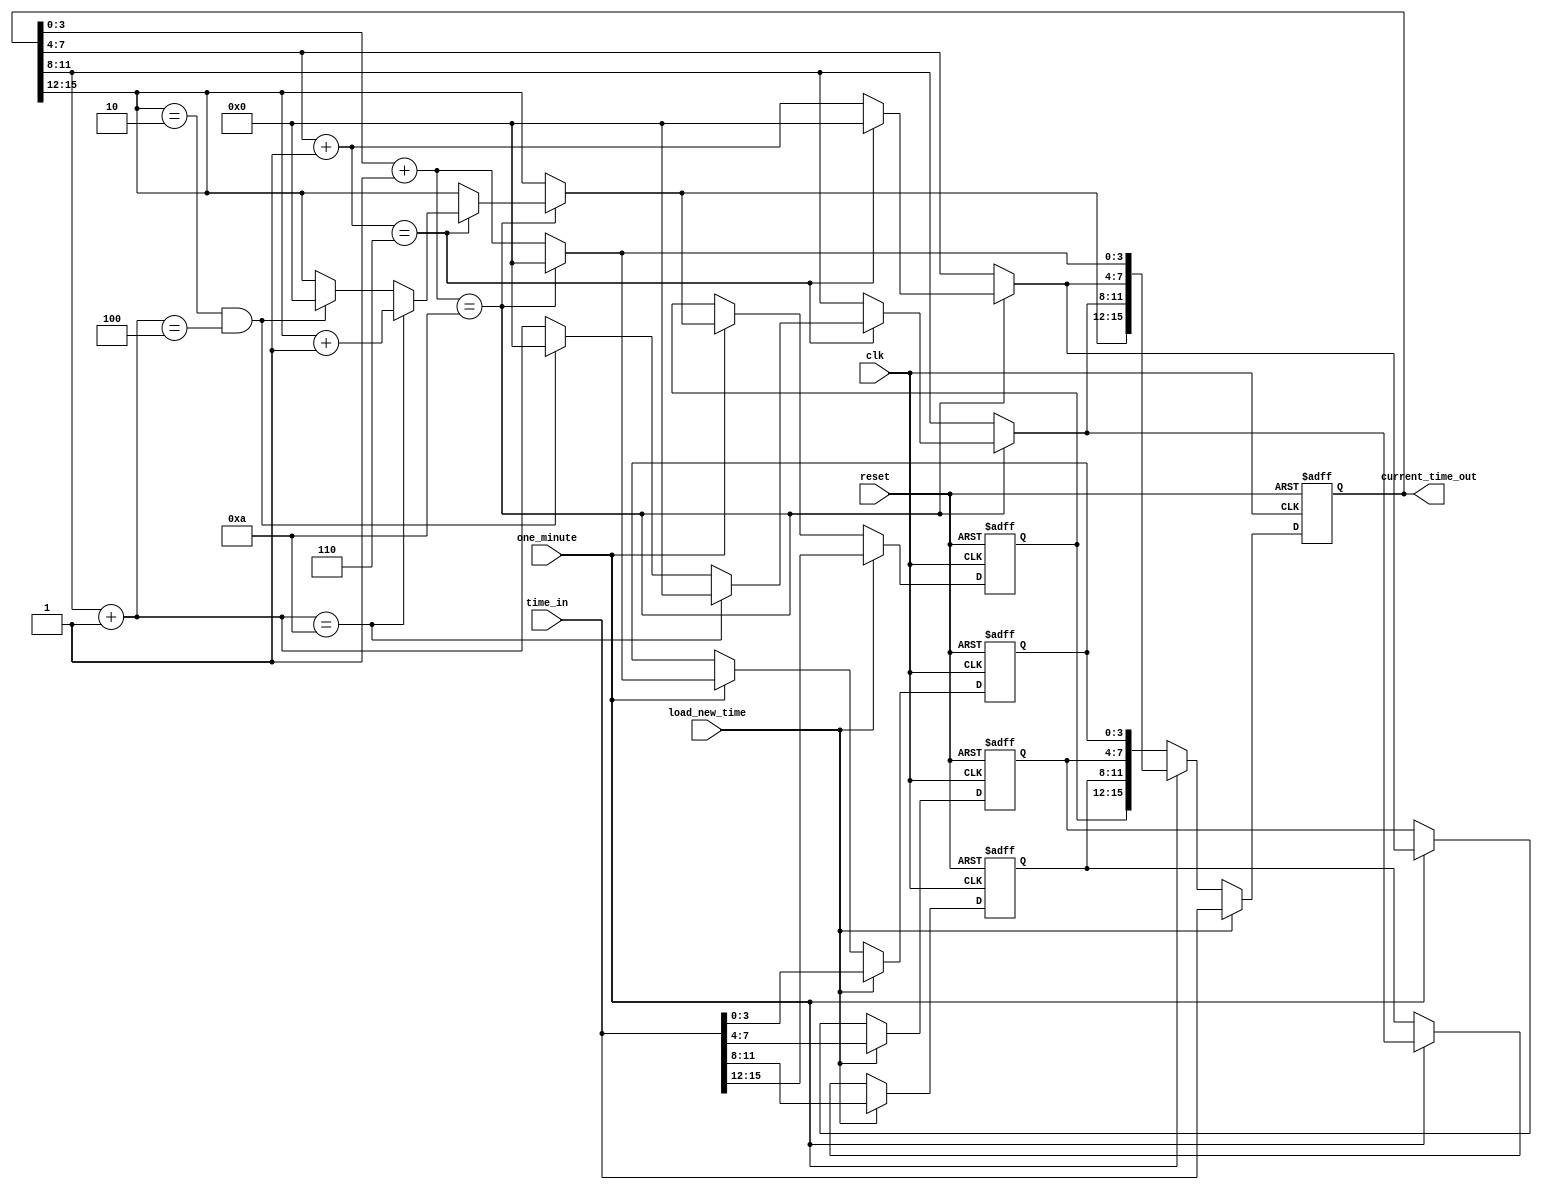
`timescale 1 ns / 10 ps

module al_clk_counter
    ( input clk,
      input reset,
      input one_minute,
      input [15:0] time_in,  /* time in BCD format */
      input load_new_time,

      output [15:0] current_time_out );

    reg [3:0] bcd_ms_hour_out;
    reg [3:0] bcd_ls_hour_out;
    reg [3:0] bcd_ms_min_out;
    reg [3:0] bcd_ls_min_out;

    task bcd_clock_minute; 
          input one_minute;
          input [3:0] ms_hour;
          input [3:0] ls_hour; 
          input [3:0] ms_min;
          input [3:0] ls_min;
          
          output reg [3:0] out_ms_hour;
          output reg [3:0] out_ls_hour; 
          output reg [3:0] out_ms_min;
          output reg [3:0] out_ls_min ;

          reg [3:0] int_ms_hour;
          reg [3:0] int_ls_hour; 
          reg [3:0] int_ms_min;
          reg [3:0] int_ls_min ;
    begin
            int_ms_hour = ms_hour;
            int_ls_hour = ls_hour;
            int_ms_min = ms_min;
            int_ls_min = ls_min;

            if( one_minute ) 
            begin
                int_ls_min = int_ls_min+1;
                if( int_ls_min == 10 )
                begin
                    // ls_minutes overflows to ms_minutes 
                    int_ls_min = 0;
                    int_ms_min = int_ms_min+1;
                    if( int_ms_min == 6 )
                    begin
                        // minutes rolls over into hours
                        int_ms_min = 0;
                        int_ls_hour = int_ls_hour+1;
                        if( int_ls_hour==10 )
                        begin
                            // ls_hours overflows to ms_hours
                            int_ls_hour=0;
                            int_ms_hour = int_ms_hour + 1;
                        end
                        else if ( int_ms_hour==2 && int_ls_hour==4 ) 
                        begin
                            // rollover midnight to next day (00:00)
                            int_ls_hour = 0;
                            int_ms_hour = 0;
                        end
                    end
                end
            end

            out_ms_hour = int_ms_hour;
            out_ls_hour = int_ls_hour;
            out_ms_min = int_ms_min;
            out_ls_min = int_ls_min;
    end
    endtask

    reg [15:0] int_current_time;

    assign current_time_out = int_current_time;

//    assign current_time_out = { bcd_ms_hour_out, bcd_ls_hour_out, 
//                                  bcd_ms_min_out, bcd_ls_min_out };

    always @(posedge(reset),posedge(clk))
    begin
        if( reset ) 
        begin
            bcd_clock_minute( 1'd0, 4'd1, 4'd2, 4'd0, 4'd0,
                              bcd_ms_hour_out,
                              bcd_ls_hour_out,
                              bcd_ms_min_out,
                              bcd_ls_min_out );
            int_current_time = { bcd_ms_hour_out, bcd_ls_hour_out, 
                                  bcd_ms_min_out, bcd_ls_min_out };
        end
        else if( load_new_time ) 
        begin
            bcd_clock_minute( 0, time_in[15:12],
                              time_in[11:8],
                              time_in[7:4],
                              time_in[3:0],

                              bcd_ms_hour_out,
                              bcd_ls_hour_out,
                              bcd_ms_min_out,
                              bcd_ls_min_out );
            int_current_time = { bcd_ms_hour_out, bcd_ls_hour_out, 
                                  bcd_ms_min_out, bcd_ls_min_out };
        end
        else if( one_minute ) 
        begin
            bcd_clock_minute( 1, int_current_time[15:12],
                              int_current_time[11:8],
                              int_current_time[7:4],
                              int_current_time[3:0],

                              bcd_ms_hour_out,
                              bcd_ls_hour_out,
                              bcd_ms_min_out,
                              bcd_ls_min_out );
            int_current_time = { bcd_ms_hour_out, bcd_ls_hour_out, 
                                  bcd_ms_min_out, bcd_ls_min_out };
        end
        else 
        begin
            int_current_time = { bcd_ms_hour_out, bcd_ls_hour_out, 
                                  bcd_ms_min_out, bcd_ls_min_out };
//            bcd_clock_minute( 0, time_in[15:12],
//                              time_in[11:8],
//                              time_in[7:4],
//                              time_in[3:0],
//
//                              bcd_ms_hour_out,
//                              bcd_ls_hour_out,
//                              bcd_ms_min_out,
//                              bcd_ls_min_out );
//            int_current_time <= 16'hffff;
//            int_current_time <= { bcd_ms_hour_out, bcd_ls_hour_out, 
//                                  bcd_ms_min_out, bcd_ls_min_out };
        end
    end
endmodule